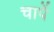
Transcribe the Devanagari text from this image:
चापें